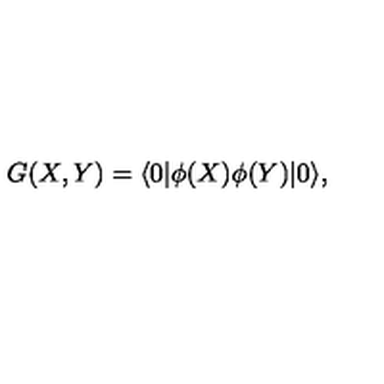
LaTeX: G ( X , Y ) = \langle 0 | \phi ( X ) \phi ( Y ) | 0 \rangle ,